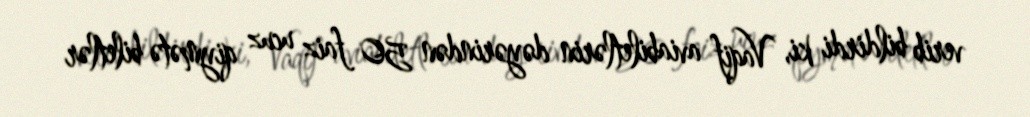
verib bildirdi ki, Vaqif aviabiletlərin dəyərindən 50 faiz ucuz qiymətə biletlər